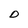
Character: D